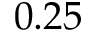
\a = 0 . 2 5